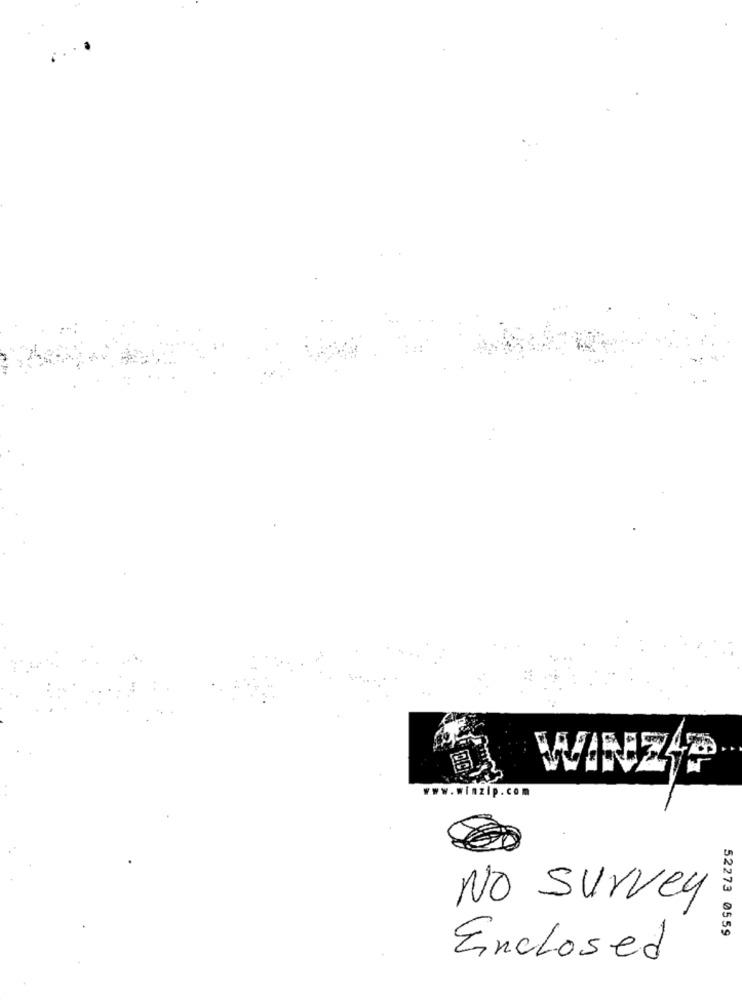
www.winzip.com
No survey
52273 0559
Enclosed